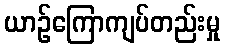
ယာဉ်ကြောကျပ်တည်းမှု